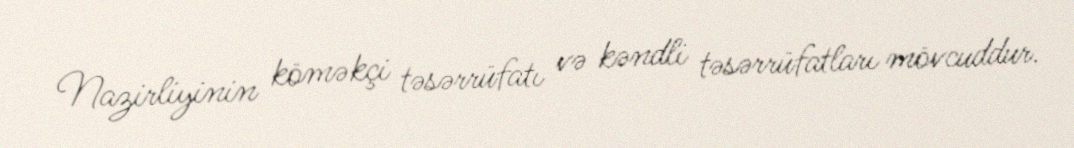
Nazirliyinin köməkçi təsərrüfatı və kəndli təsərrüfatları mövcuddur.